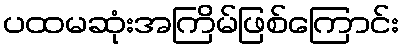
ပထမဆုံးအကြိမ်ဖြစ်ကြောင်း